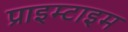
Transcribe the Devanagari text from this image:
प्राइम्टाइम